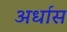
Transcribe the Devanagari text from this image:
अर्धास